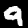
Digit: 9